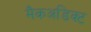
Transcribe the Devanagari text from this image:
मैकअडिक्ट